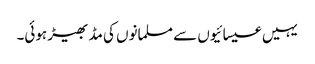
یہیں عیسائیوں سے مسلمانوں کی مڈ بھیڑ ہوئی۔